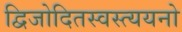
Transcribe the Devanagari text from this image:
द्विजोदितस्वस्त्ययनो